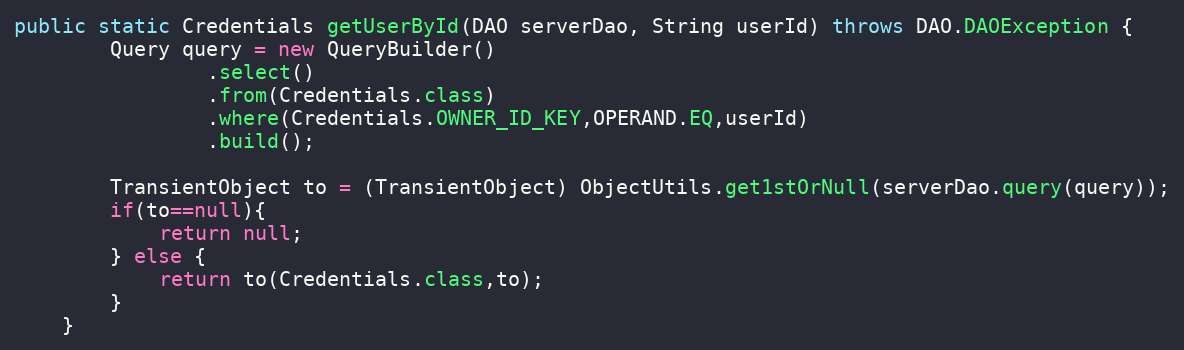
Language: Java
public static Credentials getUserById(DAO serverDao, String userId) throws DAO.DAOException {
        Query query = new QueryBuilder()
                .select()
                .from(Credentials.class)
                .where(Credentials.OWNER_ID_KEY,OPERAND.EQ,userId)
                .build();

        TransientObject to = (TransientObject) ObjectUtils.get1stOrNull(serverDao.query(query));
        if(to==null){
            return null;
        } else {
            return to(Credentials.class,to);
        }
    }